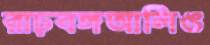
রাঢ়বঙ্গআলিঙ